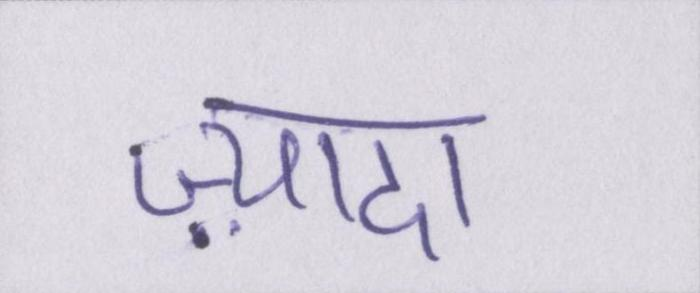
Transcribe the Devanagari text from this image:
ज़्यादा